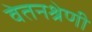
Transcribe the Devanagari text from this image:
वेतनश्रेणी